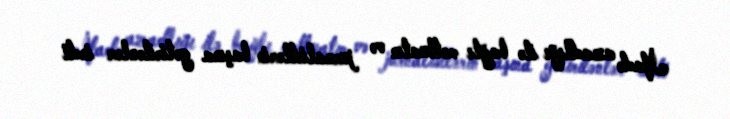
İfadə azadlığı ilə bağlı mətbuatın və jurnalistlərin başına gətirilənlər indi